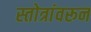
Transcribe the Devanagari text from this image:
स्तोत्रांवरून